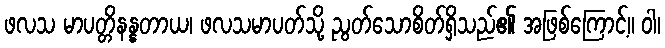
ဖလသ မာပတ္တိနန္နတာယ၊ ဖလသမာပတ်သို့ ညွတ်သောစိတ်ရှိသည်၏ အဖြစ်ကြောင့်။ ဝါ၊